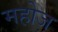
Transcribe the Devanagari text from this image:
महोज